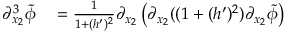
\begin{array} { r l } { \partial _ { x _ { 2 } } ^ { 3 } \tilde { \phi } } & { { } = \frac { 1 } { 1 + ( h ^ { \prime } ) ^ { 2 } } \partial _ { x _ { 2 } } \left( \partial _ { x _ { 2 } } ( ( 1 + ( h ^ { \prime } ) ^ { 2 } ) \partial _ { x _ { 2 } } \tilde { \phi } \right) } \end{array}